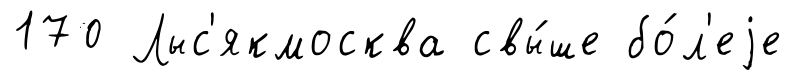
170 Лыс'якмосква свы́ше бо́л'еjе